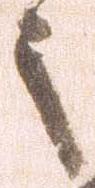
之